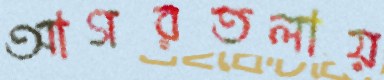
আগরতলায়